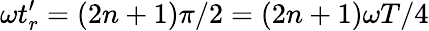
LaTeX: \omega t_{r}^{\prime}=(2n+1)\pi/2=(2n+1)\omega T/4